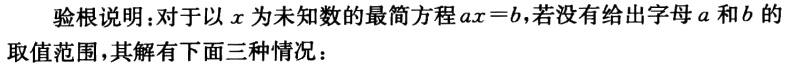
验根说明：对于以\(x\)为未知数的最简方程\(ax = b\)，若没有给出字母\(a\)和\(b\)的取值范围，其解有下面三种情况：